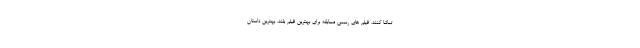
تماشا کنند. فیلم های رسمی مسابقه برای بهترین فیلم بلند، بهترین داستان